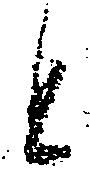
と